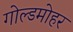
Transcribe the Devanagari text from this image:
गोल्डमोहर